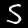
Label: 5